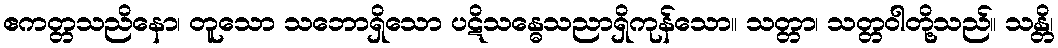
ဧကတ္တသညိနော၊ တူသော သဘောရှိသော ပဋိသန္ဓေသညာရှိကုန်သော။ သတ္တာ၊ သတ္တဝါတို့သည်။ သန္တိ၊